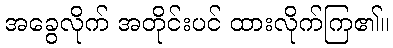
အခွေလိုက် အတိုင်းပင် ထားလိုက်ကြ၏။